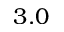
3 . 0